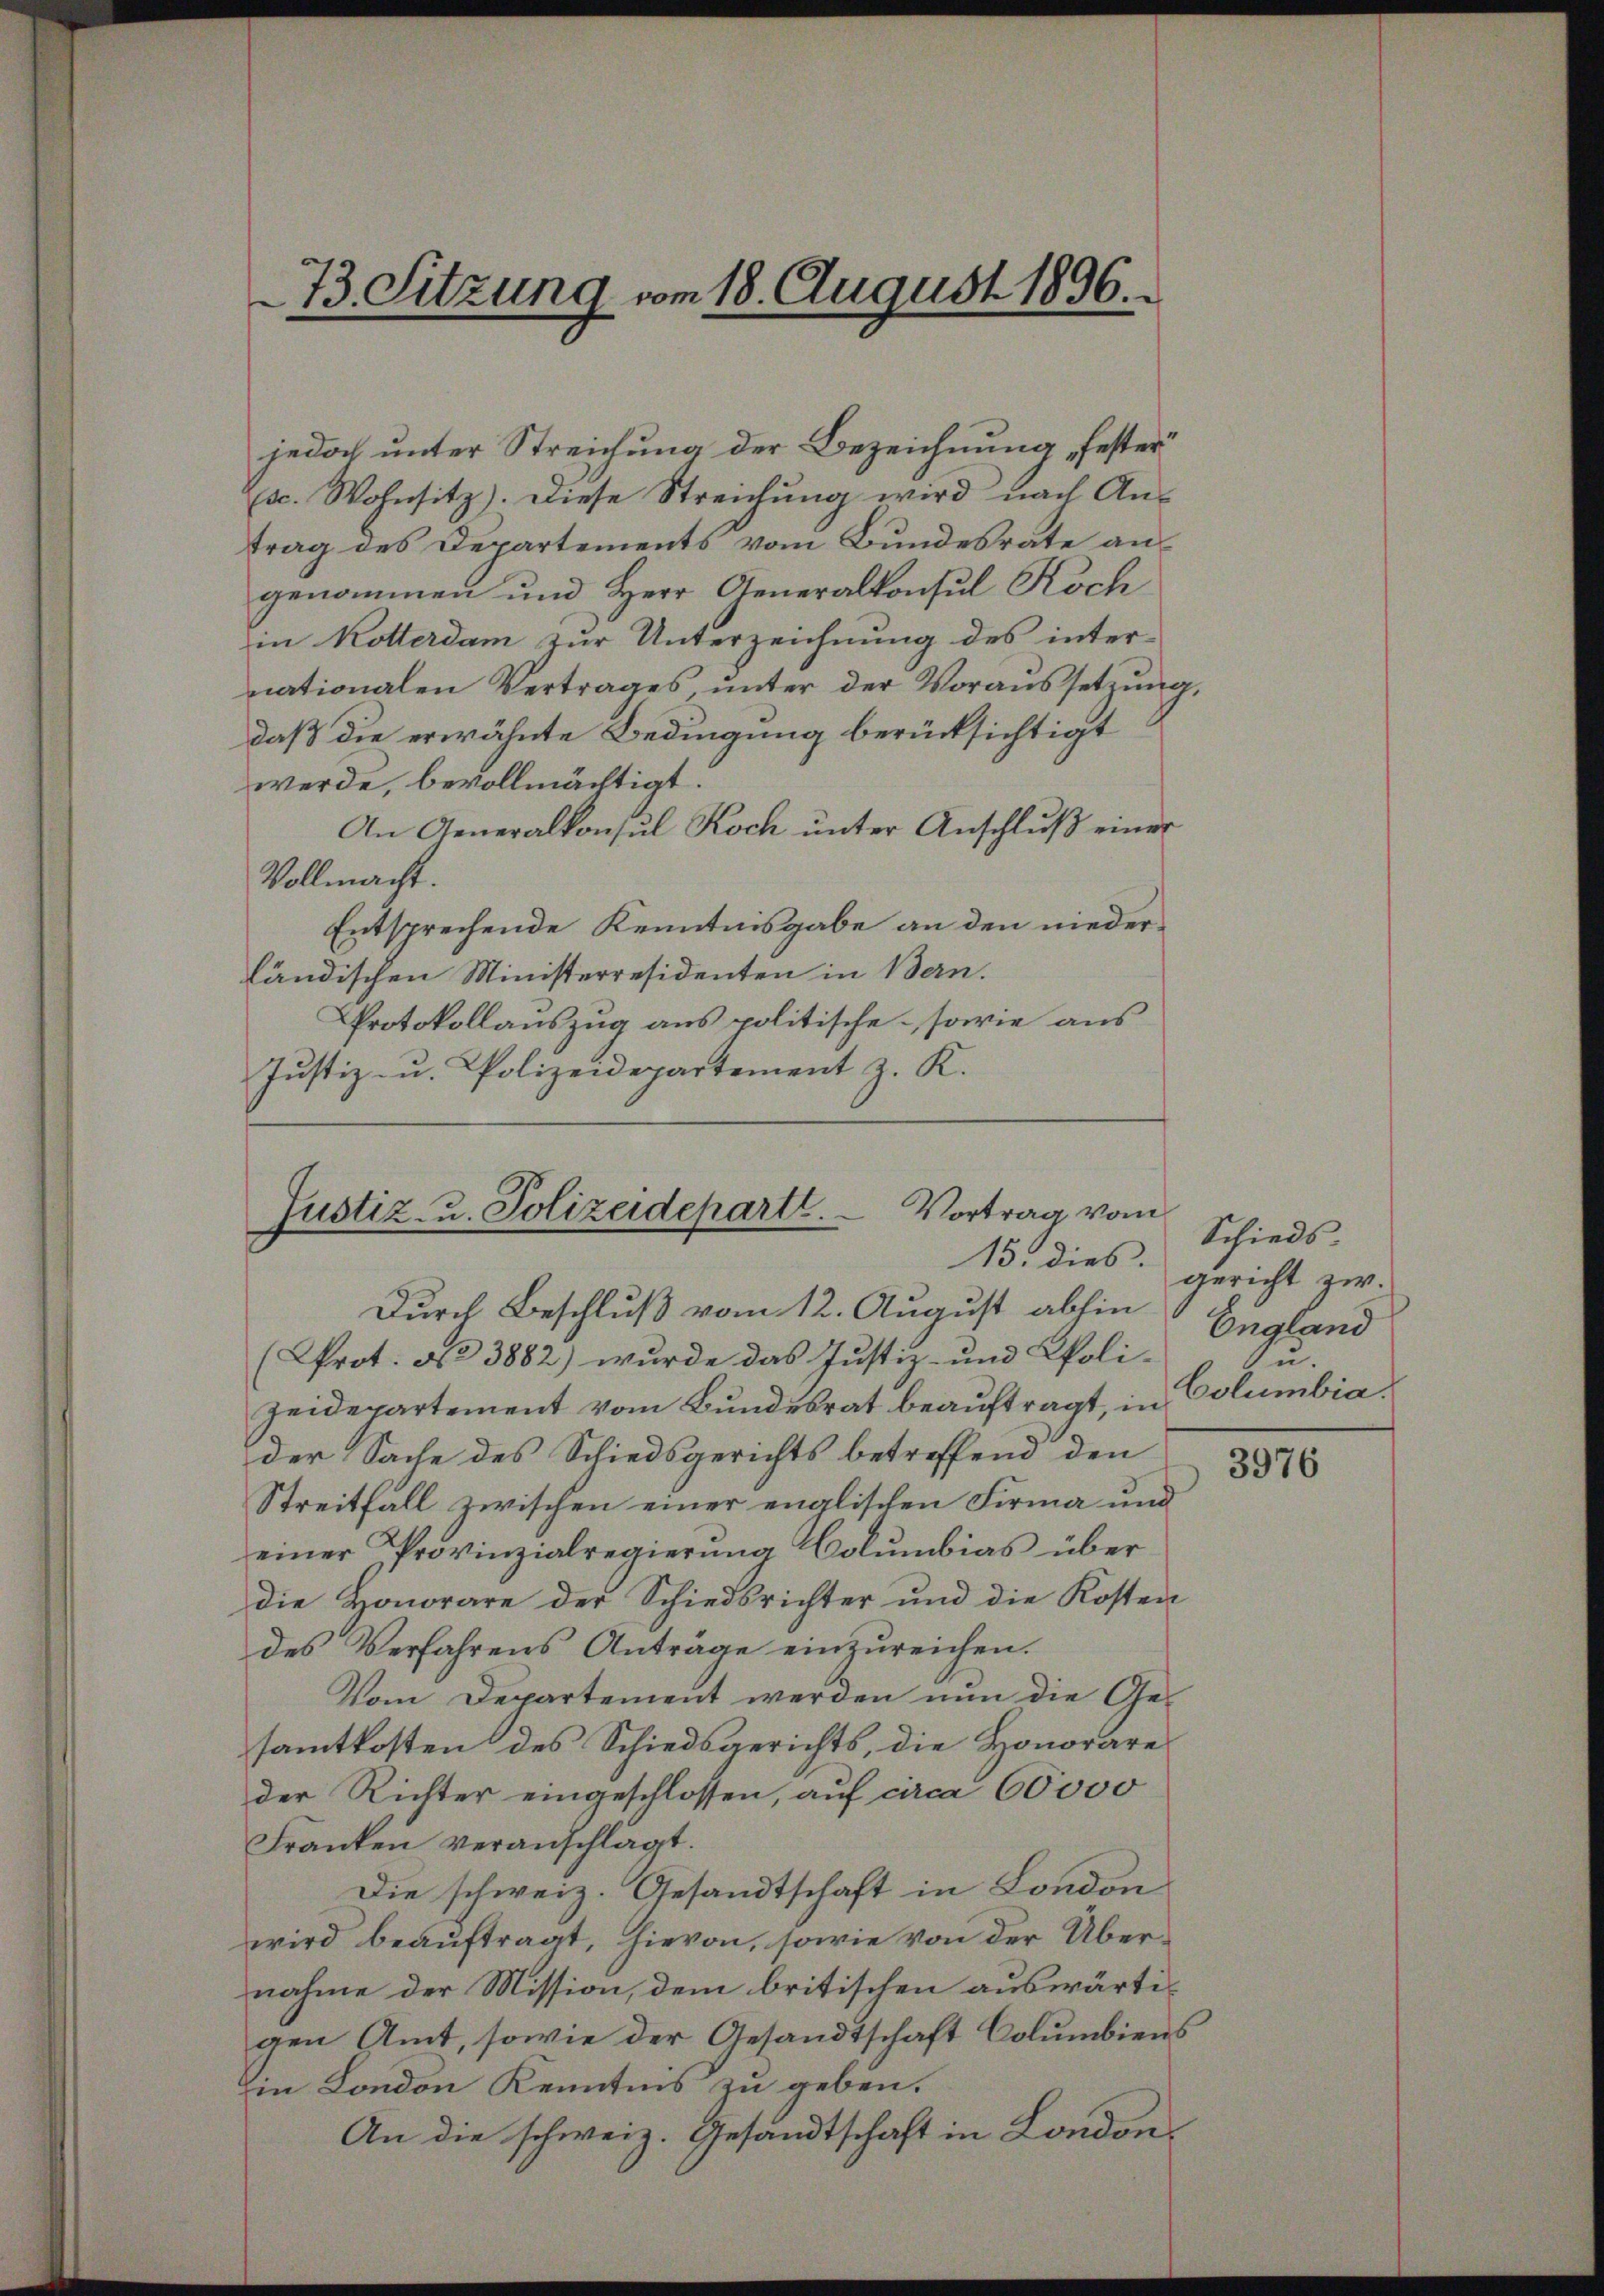
73. Sitzung vom 18. August 1896.

jedoch unter Streichung der Bezeichnung, fester
u. Wohnsitz). Diese Streichŭng wird nach An-
trag des Departements vom Bundesräte an
genommen und Herr Generalkonsul Koch
in Kotterdam zur Unterzeichnung des internationalen Vertrages, unter der Voraussetzŭng,
daß die erwähnte Bedingung berücksichtigt
werde, bevollmächtigt.
An Generalkonsul Koch unter Anschluß einer
Vollmacht.
Entsprechende Kenntnisgabe an den niederländischen Ministerresidenten in Bern.
Protokollauszug aus politische sowie aus
Justiz- u. Polizeidepartement z. K.

Vortrag vom
Justiz- u. Polizeideparte.

Durch Beschluß vom 12. August abhin
rot. No 3882) wurde das Justiz- und Polizeidepartement vom Bundesrat beaŭftragt, in
der Sache des Schiedsgerichts betreffend den
Streitfall zwischen einer englischen Firma und
einer Provinzialregierŭng Columbias über
die Honorare der Schiedsrichter und die Kosten
des Verfahrens Antrage einzureichen.
Vom Departement werden nun die Gesamtkosten des Schiedsgerichts, die Honorare
der Richter eingeschlossen, auf circa 60000
Franken veranschlagt.
Die schweiz. Gesandtschaft in London
wird beauftragt, hievon, sowie von der Übernahme der Mission, dem britischen auswärtigen Amt, sowie der Gesandtschaft Columbiens
Ein London Kenntnis zu geben.
An die schweiz. Gesandtschaft in London,

Schieds
15. dies gericht zw.
England
Zu.
Columbia.
3976